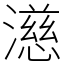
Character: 濨